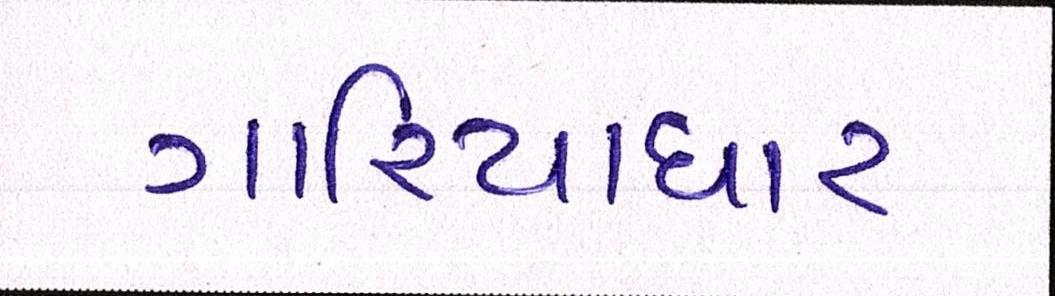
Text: ગારિયાધાર